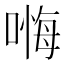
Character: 𱔁